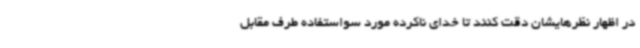
در اظهار نظرهایشان دقت کنند تا خدای ناکرده مورد سواستفاده طرف مقابل